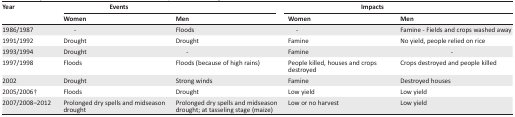
| <ROWSPAN=3> Year | <COLSPAN=2> Events | <COLSPAN=2> Impacts |
 | Women | Men | Women | Men |
 | --- | --- | --- | --- | --- |
 | 1986/1987 | - | Floods | - | Famine - Fields and crops washed away |
 | 1991/1992 | Drought | Drought | Famine | No yield, people relied on rice |
 | 1993/1994 | Drought | - | Famine | - |
 | 1997/1998 | Floods | Floods (because of high rains) | People killed, houses and crops destroyed | Crops destroyed and people killed |
 | 2002 | Drought | Strong winds | Famine | Destroyed houses |
 | 2005/2006† | Floods | Drought | Low yield | Low yield |
 | 2007/2008–2012 | Prolonged dry spells and midseason drought | Prolonged dry spells and midseason drought; at tasseling stage (maize) | Low or no harvest | Low yield |